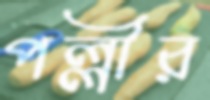
পল্লীর